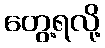
တွေ့ရလို့